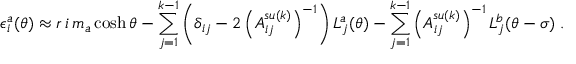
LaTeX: \epsilon _ { i } ^ { a } ( \theta ) \approx r \, i \, m _ { a } \cosh \theta - \sum _ { j = 1 } ^ { k - 1 } \left( \delta _ { i j } - 2 \left( A _ { i j } ^ { s u ( k ) } \right) ^ { - 1 } \right) L _ { j } ^ { a } ( \theta ) - \sum _ { j = 1 } ^ { k - 1 } \left( A _ { i j } ^ { s u ( k ) } \right) ^ { - 1 } L _ { j } ^ { b } ( \theta - \sigma ) \; .